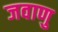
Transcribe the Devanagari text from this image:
जवाणु